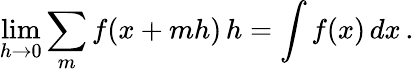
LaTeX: \operatorname*{lim}_{h\to 0}\sum_{m}f(x+mh)\, h=\int f(x)\, dx\, .